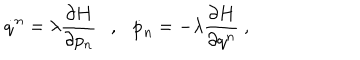
\dot { q } ^ { n } = \lambda \frac { \partial H } { \partial p _ { n } } \ \ \ , \ \ \ \dot { p } _ { n } = - \lambda \frac { \partial H } { \partial q ^ { n } } \ ,